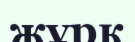
жұрқ